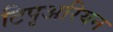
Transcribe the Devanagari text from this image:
टिपृअरियन